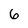
Character: 6